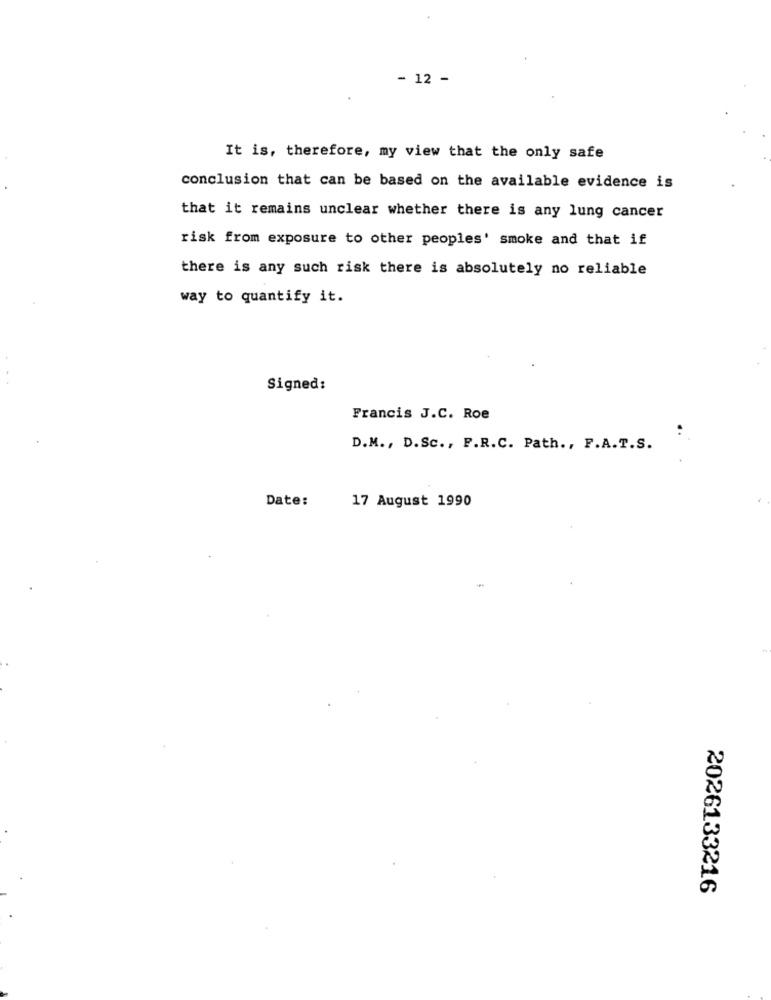
- 12 -
It is, therefore, my view that the only safe
conclusion that can be based on the available evidence is
that it remains unclear whether there is any lung cancer
risk from exposure to other peoples' smoke and that if
there is any such risk there is absolutely no reliable
way to quantify it.
Signed:
Francis J.C. Roe
D.M ., D.Sc ., P.R.C. Path ., F.A.T.S.
Date:
17 August 1990
2026133216